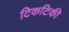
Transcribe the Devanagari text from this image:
टिकटिकी